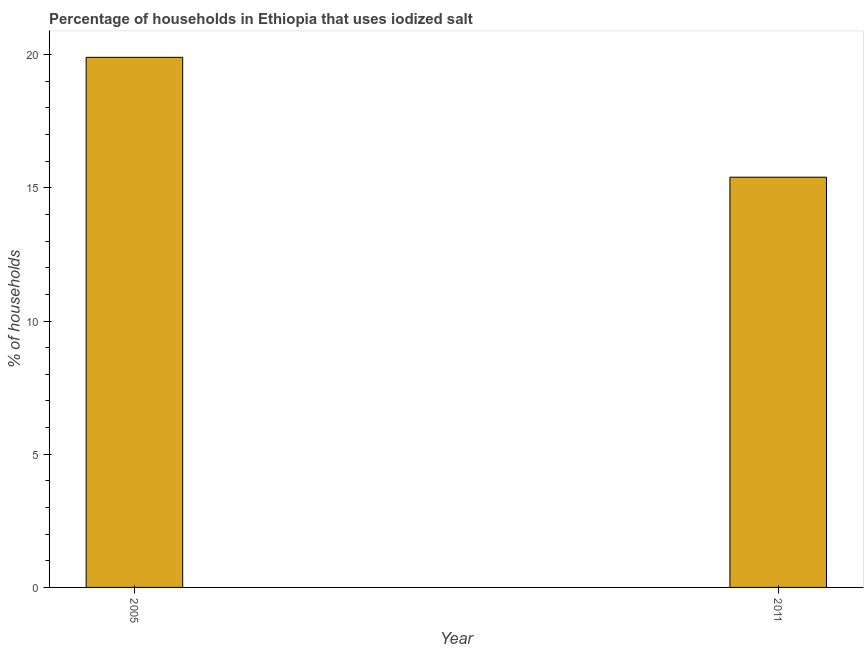
| Year | Consumption of iodized salt |
 | --- | --- |
 | 2005 | 19.9 |
 | 2011 | 15.4 |